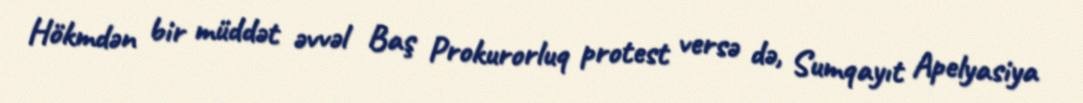
Hökmdən bir müddət əvvəl Baş Prokurorluq protest versə də, Sumqayıt Apelyasiya